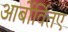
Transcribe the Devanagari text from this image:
आर्बोर्वितए